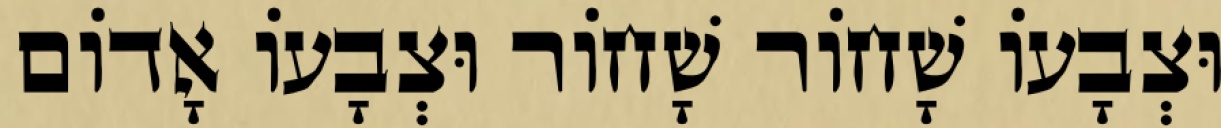
וּצְבָעוֹ שָׁחוֹר שָׁחוֹר וּצְבָעוֹ אָדוֹם